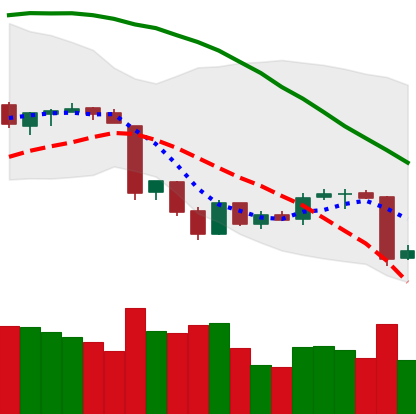
Ticker: BTC-USD
Chart end date: 2018-06-23
Forward return: -4.203%
Label: down_3_5